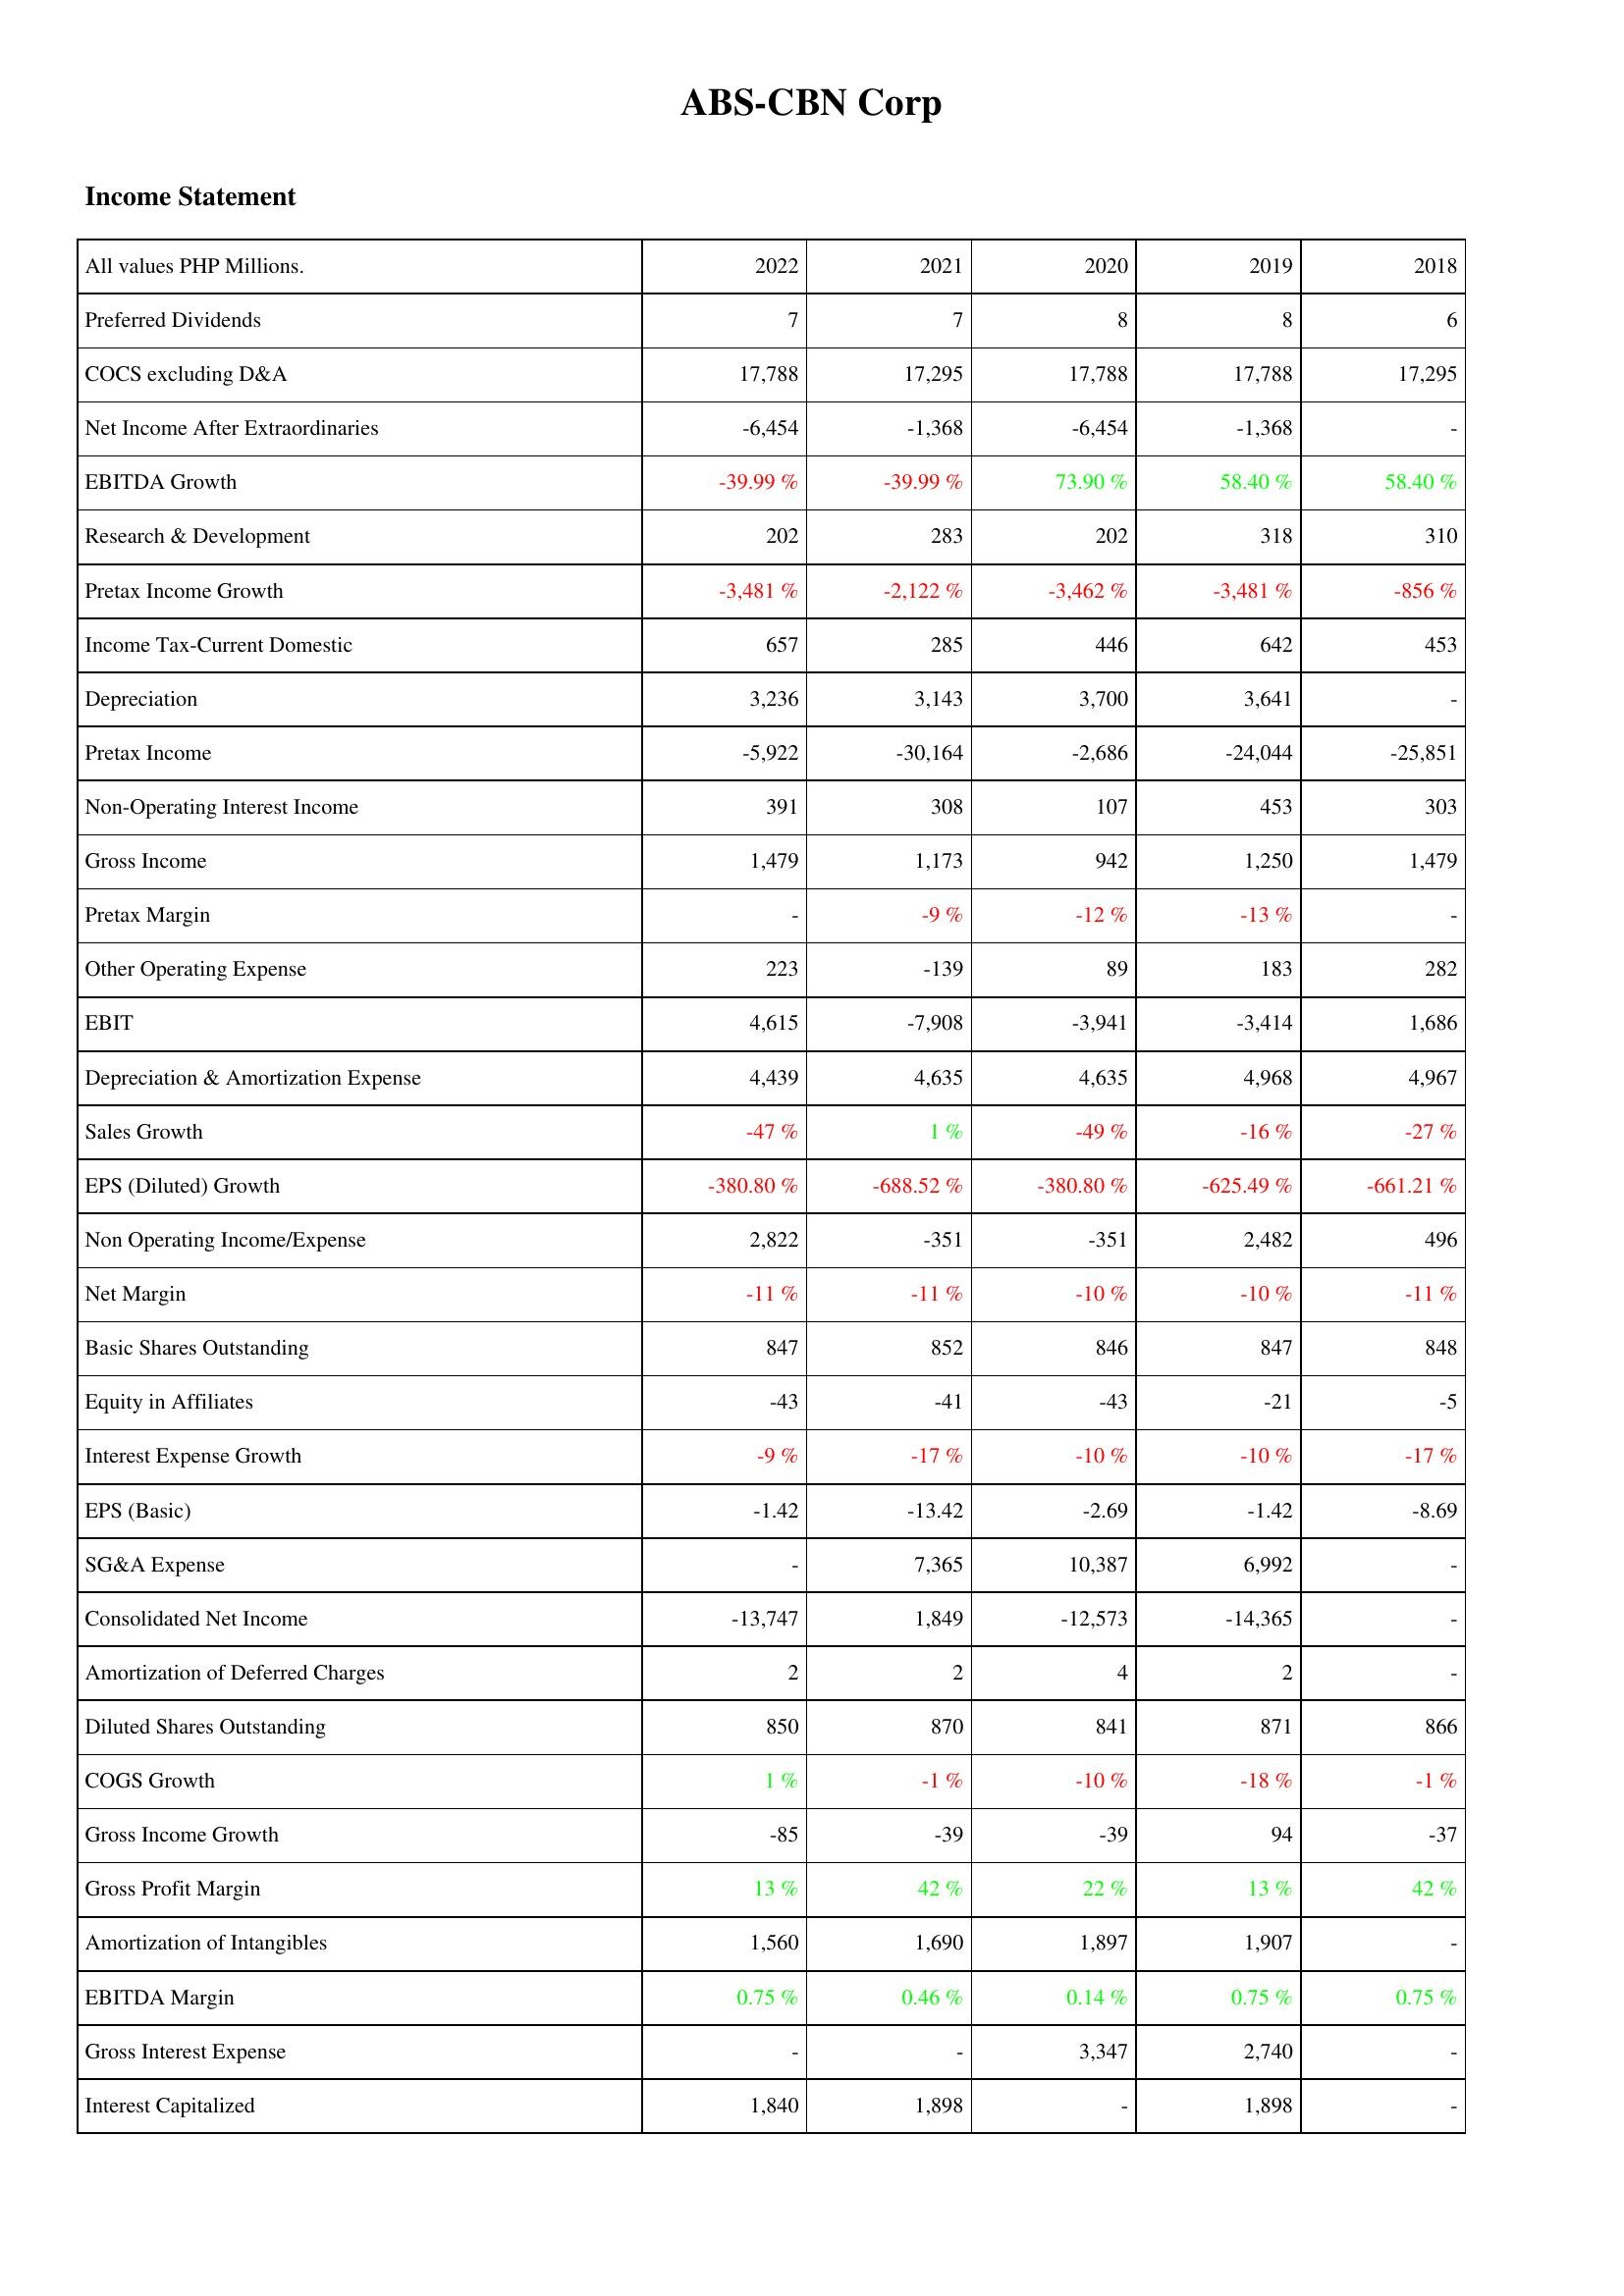
2022: Income Statement: Preferred Dividends: 7
COCS excluding D&A: 17,788
Net Income After Extraordinaries: -6,454
EBITDA Growth: -39.99 %
Research & Development: 202
Pretax Income Growth: -3,481 %
Income Tax-Current Domestic: 657
Depreciation: 3,236
Pretax Income: -5,922
Non-Operating Interest Income: 391
Gross Income: 1,479
Pretax Margin: -
Other Operating Expense: 223
EBIT: 4,615
Depreciation & Amortization Expense: 4,439
Sales Growth: -47 %
EPS (Diluted) Growth: -380.80 %
Non Operating Income/Expense: 2,822
Net Margin: -11 %
Basic Shares Outstanding: 847
Equity in Affiliates: -43
Interest Expense Growth: -9 %
EPS (Basic): -1.42
SG&A Expense: -
Consolidated Net Income: -13,747
Amortization of Deferred Charges: 2
Diluted Shares Outstanding: 850
COGS Growth: 1 %
Gross Income Growth: -85
Gross Profit Margin: 13 %
Amortization of Intangibles: 1,560
EBITDA Margin: 0.75 %
Gross Interest Expense: -
Interest Capitalized: 1,840
2021: Income Statement: Preferred Dividends: 7
COCS excluding D&A: 17,295
Net Income After Extraordinaries: -1,368
EBITDA Growth: -39.99 %
Research & Development: 283
Pretax Income Growth: -2,122 %
Income Tax-Current Domestic: 285
Depreciation: 3,143
Pretax Income: -30,164
Non-Operating Interest Income: 308
Gross Income: 1,173
Pretax Margin: -9 %
Other Operating Expense: -139
EBIT: -7,908
Depreciation & Amortization Expense: 4,635
Sales Growth: 1 %
EPS (Diluted) Growth: -688.52 %
Non Operating Income/Expense: -351
Net Margin: -11 %
Basic Shares Outstanding: 852
Equity in Affiliates: -41
Interest Expense Growth: -17 %
EPS (Basic): -13.42
SG&A Expense: 7,365
Consolidated Net Income: 1,849
Amortization of Deferred Charges: 2
Diluted Shares Outstanding: 870
COGS Growth: -1 %
Gross Income Growth: -39
Gross Profit Margin: 42 %
Amortization of Intangibles: 1,690
EBITDA Margin: 0.46 %
Gross Interest Expense: -
Interest Capitalized: 1,898
2020: Income Statement: Preferred Dividends: 8
COCS excluding D&A: 17,788
Net Income After Extraordinaries: -6,454
EBITDA Growth: 73.90 %
Research & Development: 202
Pretax Income Growth: -3,462 %
Income Tax-Current Domestic: 446
Depreciation: 3,700
Pretax Income: -2,686
Non-Operating Interest Income: 107
Gross Income: 942
Pretax Margin: -12 %
Other Operating Expense: 89
EBIT: -3,941
Depreciation & Amortization Expense: 4,635
Sales Growth: -49 %
EPS (Diluted) Growth: -380.80 %
Non Operating Income/Expense: -351
Net Margin: -10 %
Basic Shares Outstanding: 846
Equity in Affiliates: -43
Interest Expense Growth: -10 %
EPS (Basic): -2.69
SG&A Expense: 10,387
Consolidated Net Income: -12,573
Amortization of Deferred Charges: 4
Diluted Shares Outstanding: 841
COGS Growth: -10 %
Gross Income Growth: -39
Gross Profit Margin: 22 %
Amortization of Intangibles: 1,897
EBITDA Margin: 0.14 %
Gross Interest Expense: 3,347
Interest Capitalized: -
2019: Income Statement: Preferred Dividends: 8
COCS excluding D&A: 17,788
Net Income After Extraordinaries: -1,368
EBITDA Growth: 58.40 %
Research & Development: 318
Pretax Income Growth: -3,481 %
Income Tax-Current Domestic: 642
Depreciation: 3,641
Pretax Income: -24,044
Non-Operating Interest Income: 453
Gross Income: 1,250
Pretax Margin: -13 %
Other Operating Expense: 183
EBIT: -3,414
Depreciation & Amortization Expense: 4,968
Sales Growth: -16 %
EPS (Diluted) Growth: -625.49 %
Non Operating Income/Expense: 2,482
Net Margin: -10 %
Basic Shares Outstanding: 847
Equity in Affiliates: -21
Interest Expense Growth: -10 %
EPS (Basic): -1.42
SG&A Expense: 6,992
Consolidated Net Income: -14,365
Amortization of Deferred Charges: 2
Diluted Shares Outstanding: 871
COGS Growth: -18 %
Gross Income Growth: 94
Gross Profit Margin: 13 %
Amortization of Intangibles: 1,907
EBITDA Margin: 0.75 %
Gross Interest Expense: 2,740
Interest Capitalized: 1,898
2018: Income Statement: Preferred Dividends: 6
COCS excluding D&A: 17,295
Net Income After Extraordinaries: -
EBITDA Growth: 58.40 %
Research & Development: 310
Pretax Income Growth: -856 %
Income Tax-Current Domestic: 453
Depreciation: -
Pretax Income: -25,851
Non-Operating Interest Income: 303
Gross Income: 1,479
Pretax Margin: -
Other Operating Expense: 282
EBIT: 1,686
Depreciation & Amortization Expense: 4,967
Sales Growth: -27 %
EPS (Diluted) Growth: -661.21 %
Non Operating Income/Expense: 496
Net Margin: -11 %
Basic Shares Outstanding: 848
Equity in Affiliates: -5
Interest Expense Growth: -17 %
EPS (Basic): -8.69
SG&A Expense: -
Consolidated Net Income: -
Amortization of Deferred Charges: -
Diluted Shares Outstanding: 866
COGS Growth: -1 %
Gross Income Growth: -37
Gross Profit Margin: 42 %
Amortization of Intangibles: -
EBITDA Margin: 0.75 %
Gross Interest Expense: -
Interest Capitalized: -